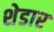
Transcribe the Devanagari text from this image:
शेडार